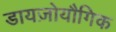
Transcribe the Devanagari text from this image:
डायज़ोयौगिक